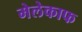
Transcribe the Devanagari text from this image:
मेलेकाफ